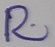
Text: R